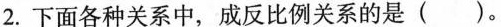
2.下面各种关系中，成反比例关系的是()。